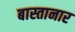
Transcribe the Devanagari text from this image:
बास्तानार